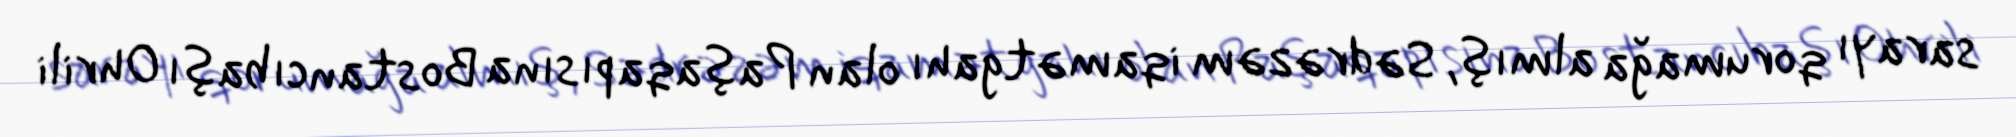
sarayı qorumağa almış, Sədrəzəm iqamətgahı olan Paşaqapısına Bostancıbaşı Ohrili